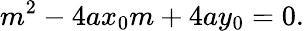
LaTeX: m^{2}-4ax_{0}m+4ay_{0}=0.